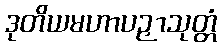
ဒုတိယမဟာပဉှာသုတ္တံ